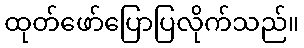
ထုတ်ဖော်ပြောပြလိုက်သည်။